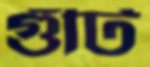
গুঁটি